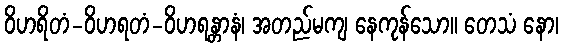
ဝိဟရိတံ-ဝိဟရတံ-ဝိဟရန္တာနံ၊ အတည်မကျ နေကုန်သော။ တေသံ နော၊